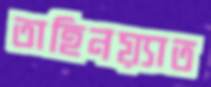
তাহিনয়্যাত